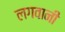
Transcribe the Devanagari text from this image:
लगवानी